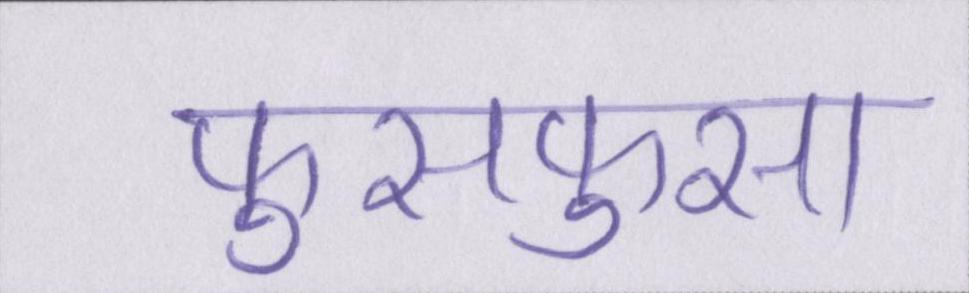
फुसफुसा